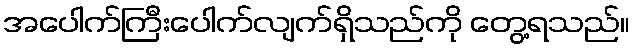
အပေါက်ကြီးပေါက်လျက်ရှိသည်ကို တွေ့ရသည်။